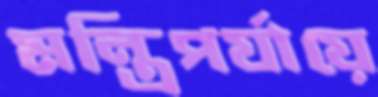
মন্ত্রিপর্যায়ে